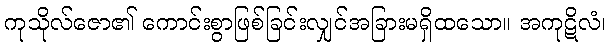
ကုသိုလ်ဇော၏ ကောင်းစွာဖြစ်ခြင်းလျှင်အခြားမရှိထသော။ အကုဋိလံ၊